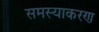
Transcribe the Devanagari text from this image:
समस्याकरण